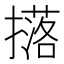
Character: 𭢥